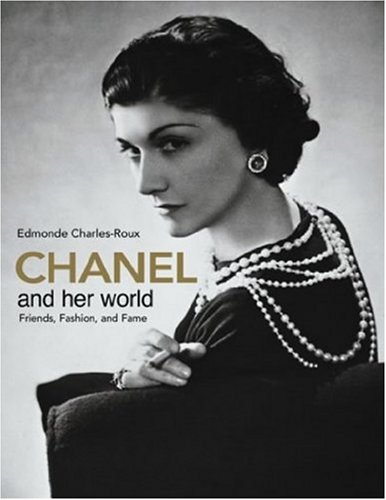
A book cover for Chanel and Her World; Edmonde Charles-Roux; Engineering & Transportation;